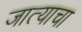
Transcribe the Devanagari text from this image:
जात्याचा